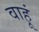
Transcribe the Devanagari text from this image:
वाहूं